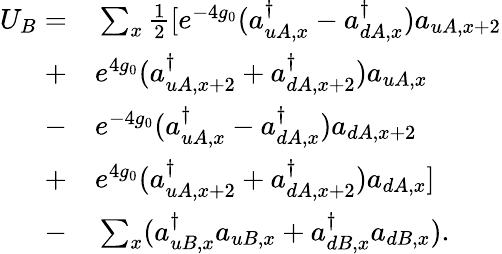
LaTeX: \begin{array}{rl}{U_{B}=}&{{}\sum_{x}\frac{1}{2}[e^{-4g_{0}}(a_{uA,x}^{\dagger}-a_{dA,x}^{\dagger})a_{uA,x+2}}\\ {+}&{{}e^{4g_{0}}(a_{uA,x+2}^{\dagger}+a_{dA,x+2}^{\dagger})a_{uA,x}}\\ {-}&{{}e^{-4g_{0}}(a_{uA,x}^{\dagger}-a_{dA,x}^{\dagger})a_{dA,x+2}}\\ {+}&{{}e^{4g_{0}}(a_{uA,x+2}^{\dagger}+a_{dA,x+2}^{\dagger})a_{dA,x}]}\\ {-}&{{}\sum_{x}(a_{uB,x}^{\dagger}a_{uB,x}+a_{dB,x}^{\dagger}a_{dB,x}).}\end{array}